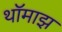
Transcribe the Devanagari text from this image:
थॉमाझ